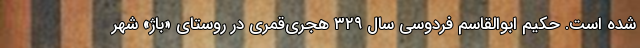
شده است. حکیم ابوالقاسم فردوسی سال ۳۲۹ هجری‌قمری در روستای «باژ» شهر